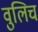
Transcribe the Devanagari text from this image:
वुलिच